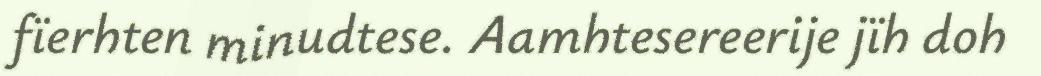
fïerhten minudtese. Aamhtesereerije jïh doh